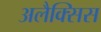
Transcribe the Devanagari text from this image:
अलैक्सिस